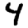
Digit: 4